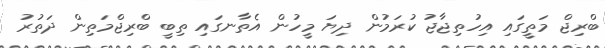
ބްރިޖް މަތީގައި އިހުތިޖާޖު ކުރަމުން ދިޔަ މީހުން އެތާނގައި ތިބީ ބްރިޖްމަތިން ދަތުރު